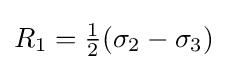
R_{1}={\tfrac {1}{2}}(\sigma _{2}-\sigma _{3})